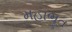
મહાભૂત